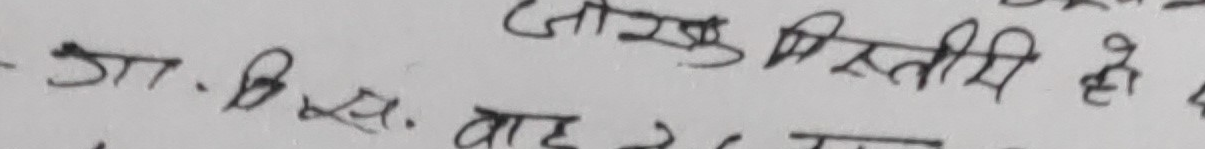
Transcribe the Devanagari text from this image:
जा. बि. स. वाहरे का